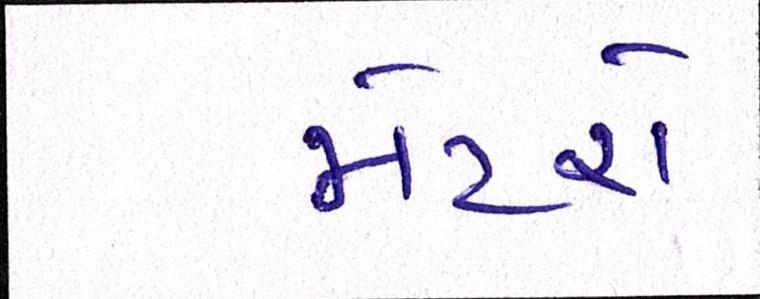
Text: મેટરો